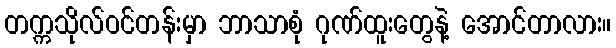
တက္ကသိုလ်ဝင်တန်းမှာ ဘာသာစုံ ဂုဏ်ထူးတွေနဲ့ အောင်တာလား။